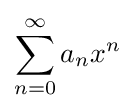
\sum _{n=0}^{\infty }a_{n}x^{n}